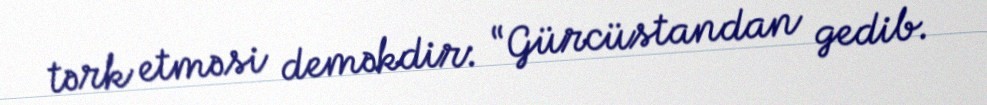
tərk etməsi deməkdir: “Gürcüstandan gedib.